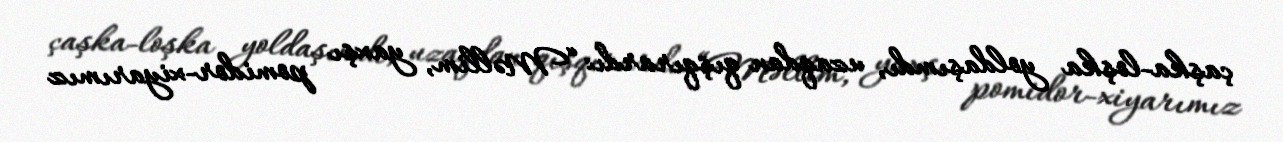
çaşka-loşka yoldaşımdı, uzaqdan qışqırardı: “Məllim, yaxşı pomidor-xiyarımız